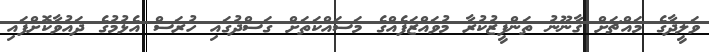
ވަލީދާގެ މައްޗަށް ޤާނޫނު ތަންފީޒުކުރާ މުވައްޒަފެއްގެ މަސައްކަތަށް ގަސްދުގައި ހުރަސް އެޅުމުގެ ދައުވާކޮށްފައި